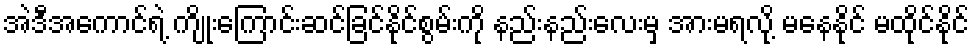
အဲဒီအကောင်ရဲ့ ကျိုးကြောင်းဆင်ခြင်နိုင်စွမ်းကို နည်းနည်းလေးမှ အားမရလို့ မနေနိုင် မထိုင်နိုင်